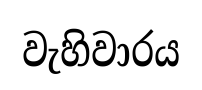
වැහිවාරය